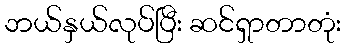
ဘယ်နှယ်လုပ်ပြီး ဆင်ရှာတာတုံး